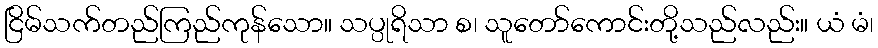
ငြိမ်သက်တည်ကြည်ကုန်သော။ သပ္ပုရိသာ စ၊ သူတော်ကောင်းတို့သည်လည်း။ ယံ မံ၊